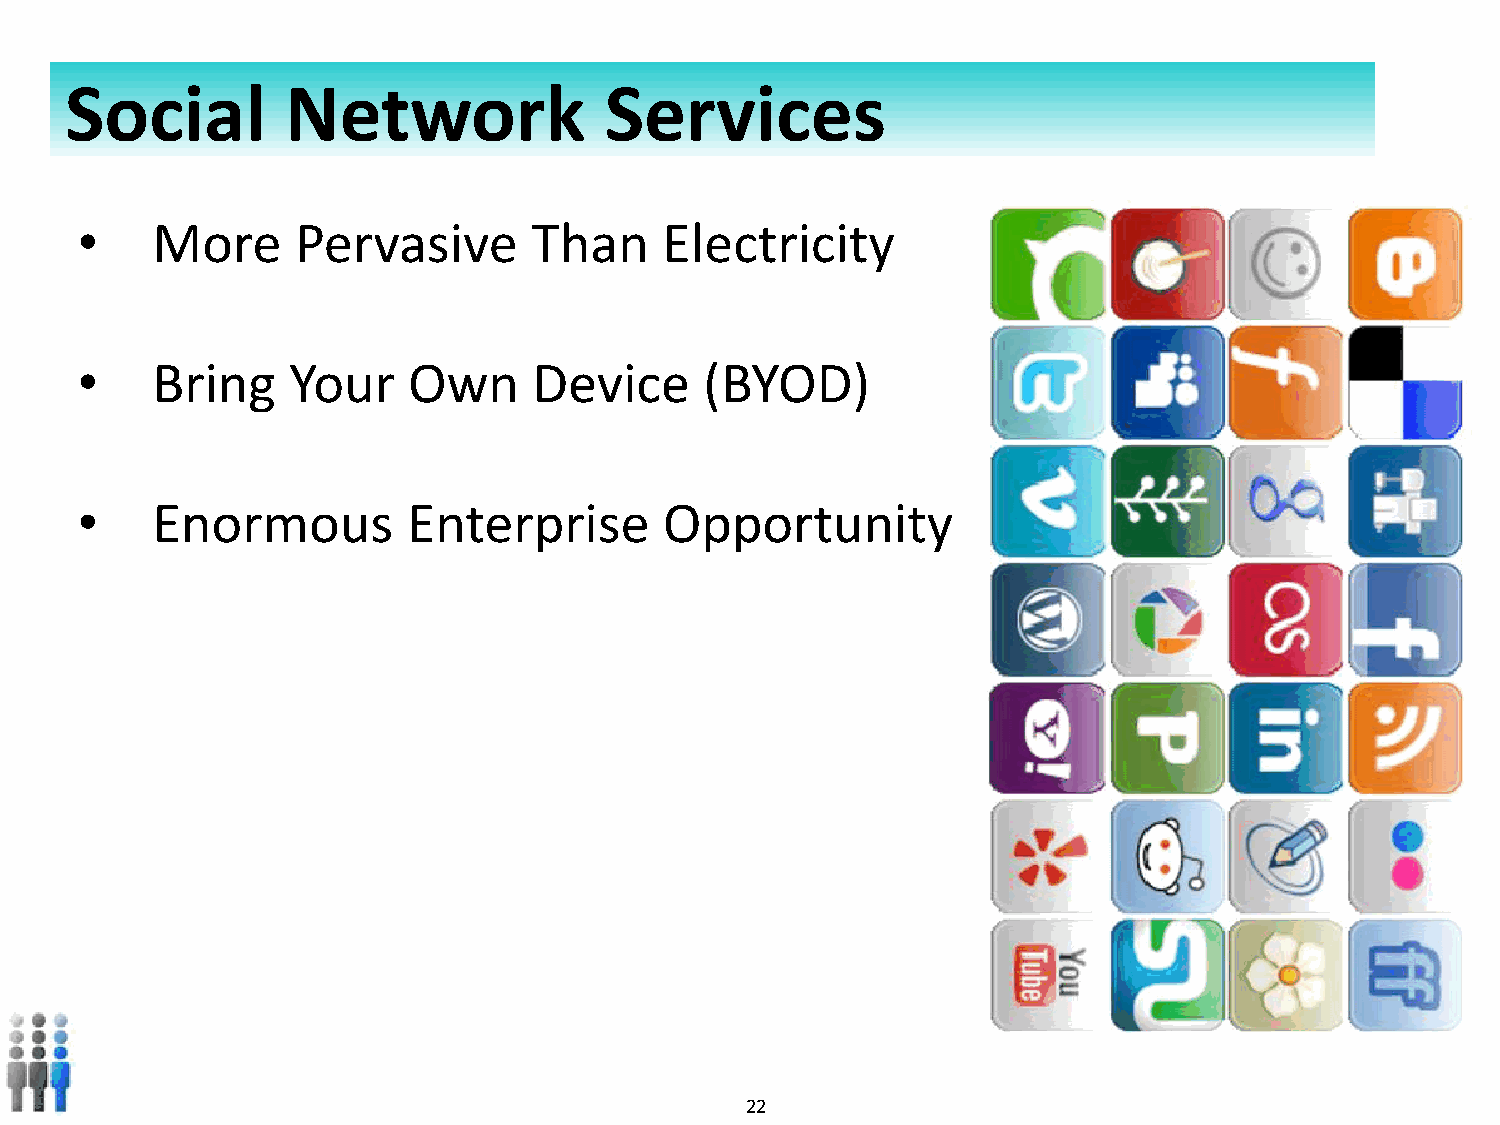
Social         Network              Services
 •    More      Pervasive      Than     Electricity
 •    Bring    Your    Own     Device      (BYOD)
 •    Enormous         Enterprise       Opportunity
 Copyright © 2010- 2012 All rights reserved. 22   Private and confidential. Do not duplicate.